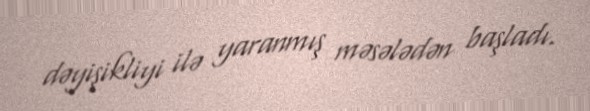
dəyişikliyi ilə yaranmış məsələdən başladı.